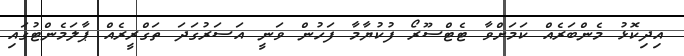
އިދިކޮޅު މެންބަރެއް ކަމަށްވާ ޓެޓްސޫރޯ ފުކުޔާމާ ފަހުން ވަނީ އަސަރުގަދަ ތަގްރީރެއް ޕާލަމެންޓުގައި